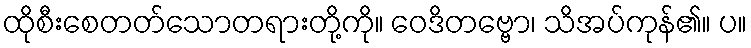
ထိုစီးစေတတ်သောတရားတို့ကို။ ဝေဒိတဗ္ဗော၊ သိအပ်ကုန်၏။ ပ။